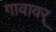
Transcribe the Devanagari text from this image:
गावावर्